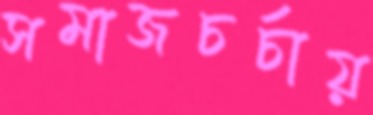
সমাজচর্চায়